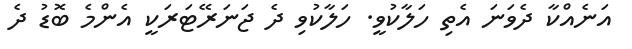
އަނެއްކާ ދެވަނަ އެތި ހަލާކުވީ. ހަލާކުވި ދެ ޖަނަރޭޓަރަކީ އެންމެ ބޮޑު ދެ